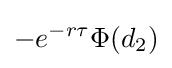
-e^{-r\tau }\Phi (d_{2})